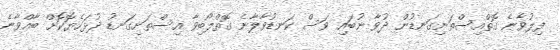
ފިލުވާނެ ގޮތްއިސްތަށިގަނޑުން ދުވާ ނުބައި ވަސް ކަނޑުވާލާނެ ގޮތްލޯބިވާ އިސްތަށިގަނޑު ދުޅަހެޔޮކޮށް ބާއްވާނެ